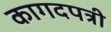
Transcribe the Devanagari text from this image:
कागदपत्री